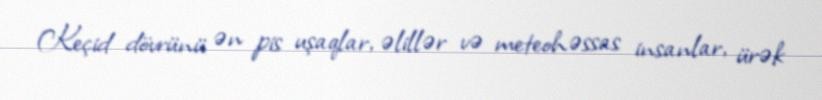
Keçid dövrünü ən pis uşaqlar, əlillər və meteohəssas insanlar, ürək